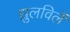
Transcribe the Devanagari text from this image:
झुलविलें